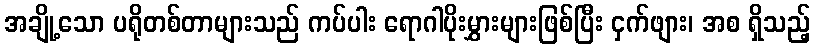
အချို့သော ပရိုတစ်တာများသည် ကပ်ပါး ရောဂါပိုးမွှားများဖြစ်ပြီး ငှက်ဖျား၊ အစ ရှိသည့်